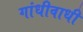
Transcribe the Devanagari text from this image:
गांधीवाधी